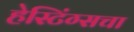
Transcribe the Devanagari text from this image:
हेस्टिंग्सचा